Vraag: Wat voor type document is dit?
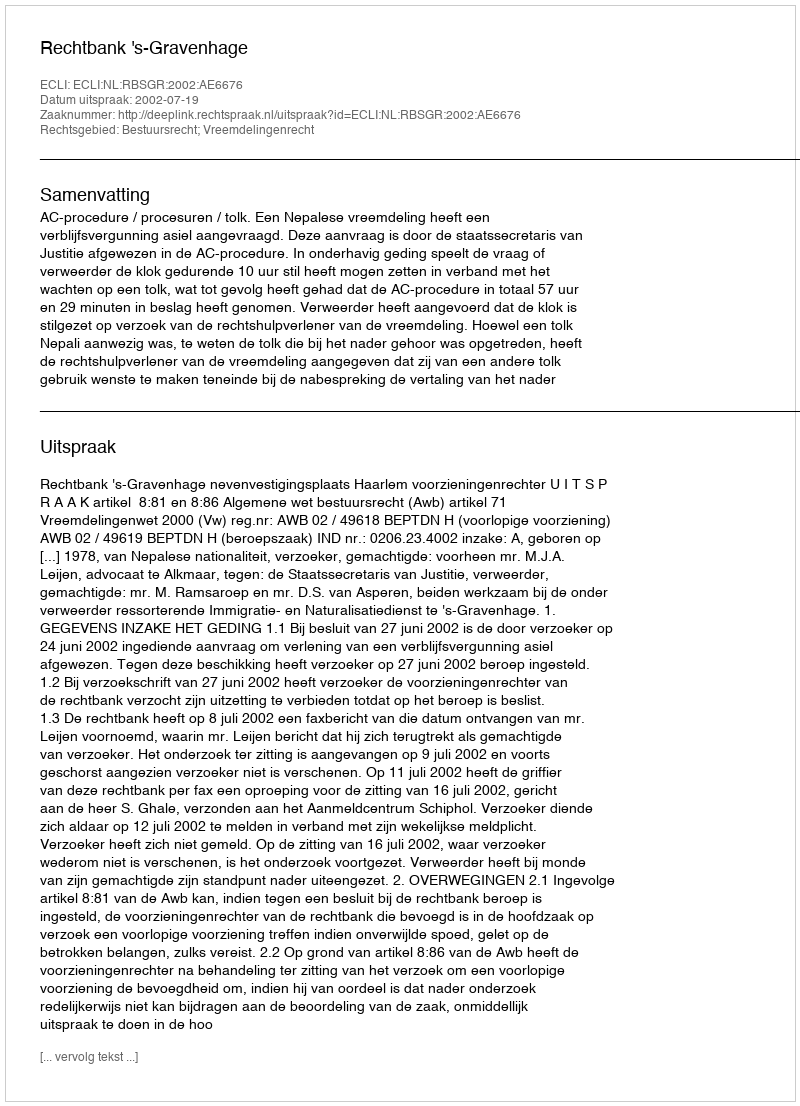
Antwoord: Uitspraak